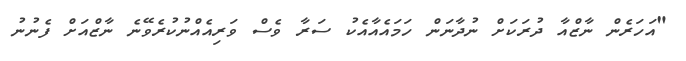
"އަހަރެން ނާޒްއާ ދުރަކަށް ނުދާނަން ހަމައެއާއެކު ސަރާ ވެސް ވަރިއެއްނުކުރެވޭނެ ނާޒްއަށް ފެނުނު